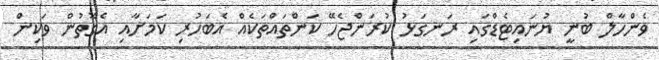
ވެންހާލް ބުނީ ޔުނައިޓެޑްގައި ރަނގަޅު ކުރަންޖެހޭ ކަންތައްތަކެއް އެބަހުރި ކަމަށާއި އެގޮތުން ވަކިން